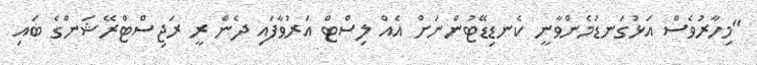
"މިހާރުވެސް އަޅުގަނޑުމެންވާނީ ކެނޑިޑޭޓުންނަށް އެއް ލިސްޓް އަރުވާފައި ދެން ރީ ރަޖިސްޓްރޭޝަންގެ ބައި